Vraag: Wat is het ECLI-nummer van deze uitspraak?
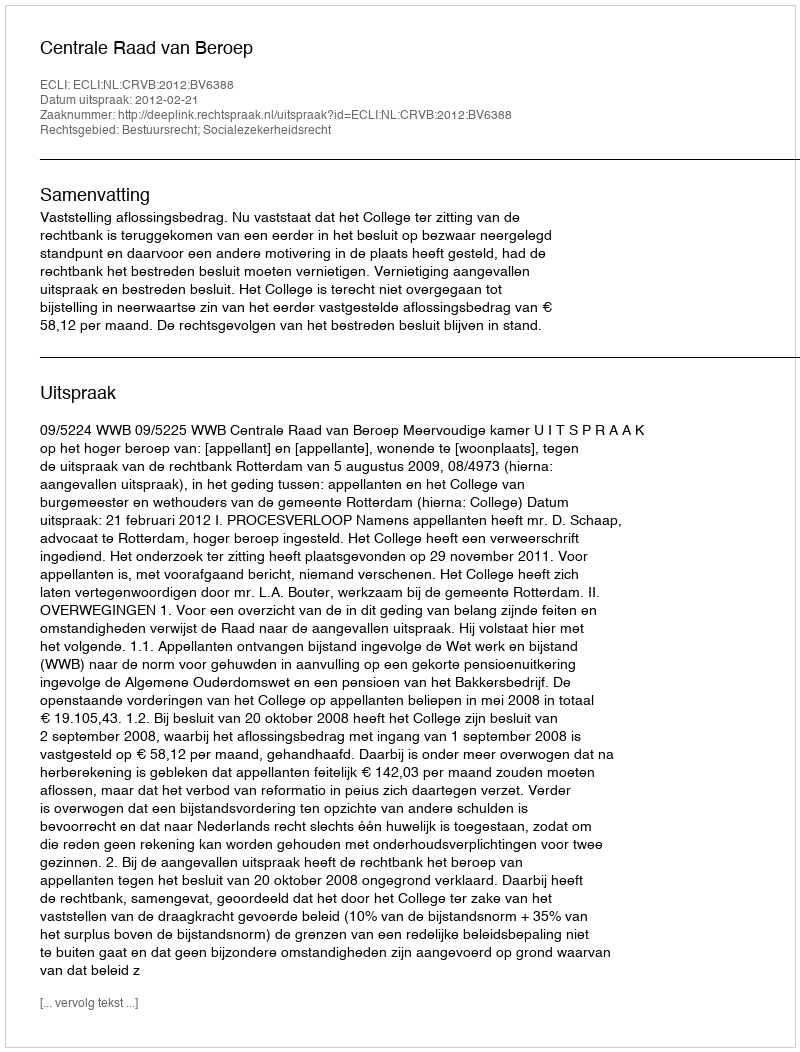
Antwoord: ECLI:NL:CRVB:2012:BV6388